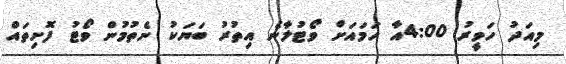
މިއަދު ހަވީރު 4:00އާ ހަމައަށް ވޯޓުލާނެ އިތުރު ބަޔަކު ނެތުމުން ވޯޓު ފޮށިތައް